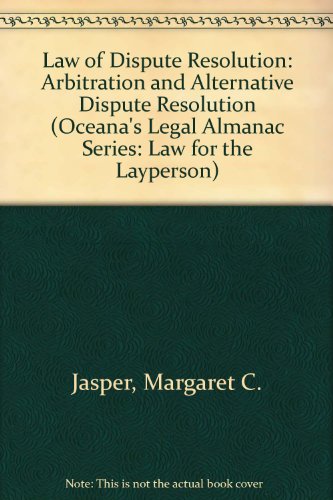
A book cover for Law of Dispute Resolution: Arbitration and Alternative Dispute Resolution (Oceana's Legal Almanac Series: Law for the Layperson); Margaret C. Jasper; Engineering & Transportation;